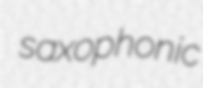
saxophonic